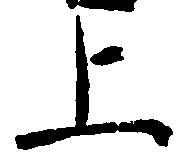
上